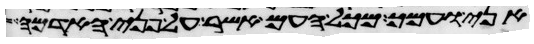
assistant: אני ועמך מכל העם אשר על פני האדמה